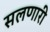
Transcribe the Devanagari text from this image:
सलणारी